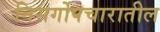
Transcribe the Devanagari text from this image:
निसर्गोपचारातील